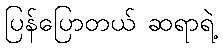
ပြန်ပြောတယ် ဆရာရဲ့